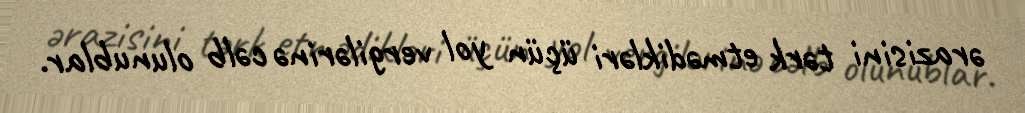
ərazisini tərk etmədikləri üçün yol vergilərinə cəlb olunublar.